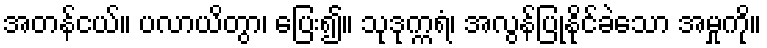
အတန်ငယ်။ ပလာယိတွာ၊ ပြေး၍။ သုဒုက္ကရံ၊ အလွန်ပြုနိုင်ခဲသော အမှုကို။